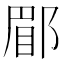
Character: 郿